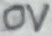
Text: 0V